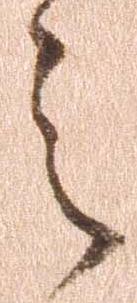
之